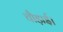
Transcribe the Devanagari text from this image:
चौड़ाई।